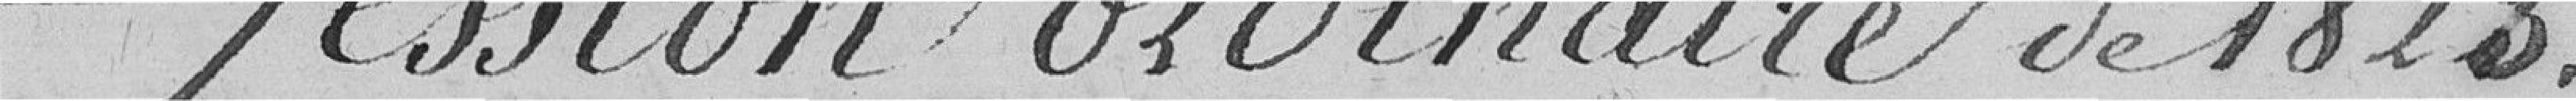
Session ordinaire de 1823